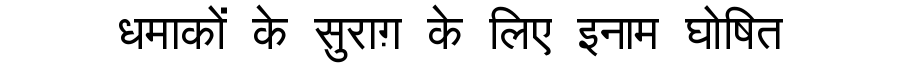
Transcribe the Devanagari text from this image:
धमाकों के सुराग़ के लिए इनाम घोषित